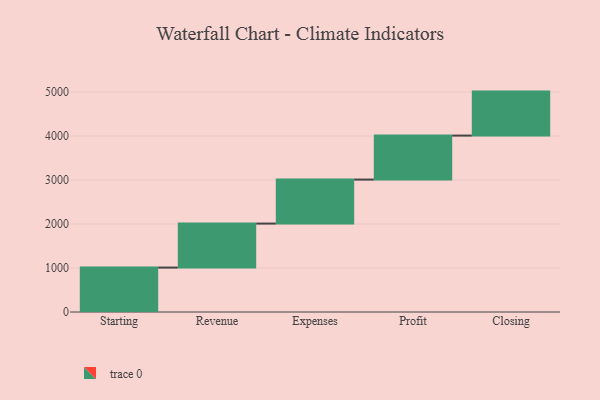
{"axis": {"x": "Step", "y": "Value"}, "legend": [""], "data": [{"x": "Starting", "y": 1010.0, "type": ""}, {"x": "Revenue", "y": 1000, "type": ""}, {"x": "Expenses", "y": 1000, "type": ""}, {"x": "Profit", "y": 1000, "type": ""}, {"x": "Closing", "y": 1000, "type": ""}]}